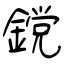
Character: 鎲